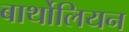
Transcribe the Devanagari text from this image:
बार्थोलियन